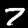
Digit: 7